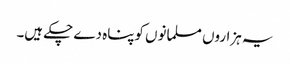
یہ ہزاروں مسلمانوں کوپناہ دے چکے ہیں۔